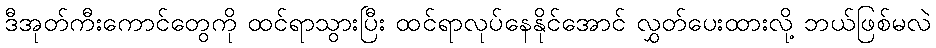
ဒီအုတ်ကီးကောင်တွေကို ထင်ရာသွားပြီး ထင်ရာလုပ်နေနိုင်အောင် လွှတ်ပေးထားလို့ ဘယ်ဖြစ်မလဲ